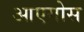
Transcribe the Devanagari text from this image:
आएगोस